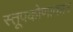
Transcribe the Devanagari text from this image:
स्तूपकोणाकार